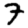
Digit: 7